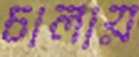
চালায়